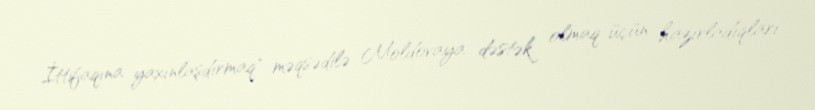
İttifaqına yaxınlaşdırmaq" məqsədilə Moldovaya dəstək olmaq üçün hazırladıqları